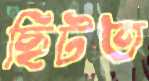
ছিটত